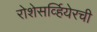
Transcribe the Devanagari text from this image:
रोशेसर्व्हियेरची